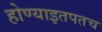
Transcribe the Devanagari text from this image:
होण्याइतपतच